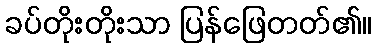
ခပ်တိုးတိုးသာ ပြန်ဖြေတတ်၏။